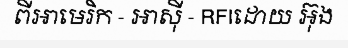
ពីអាមេរិក - អាស៊ី - RFIដោយ អ៊ុង